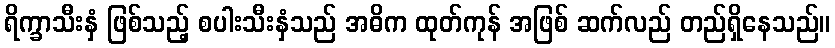
ရိက္ခာသီးနှံ ဖြစ်သည့် စပါးသီးနှံသည် အဓိက ထုတ်ကုန် အဖြစ် ဆက်လည် တည်ရှိနေသည်။